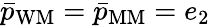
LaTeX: \bar{p}_{\mathrm{WM}}=\bar{p}_{\mathrm{MM}}=e_{2}